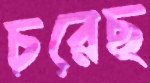
চরেছ